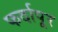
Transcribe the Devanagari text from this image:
फर्दापूर